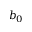
b _ { 0 }